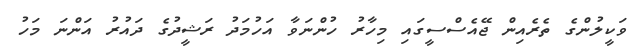
ވަކީލުންގެ ތެރެއިން ޖޭއެސްސީގައި މިހާރު ހުންނަވާ އަހުމަދު ރަޝީދުގެ ދައުރު އަންނަ މަހު